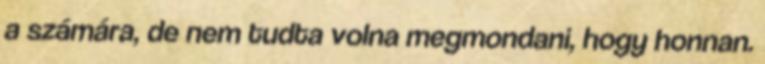
a számára, de nem tudta volna megmondani, hogy honnan.